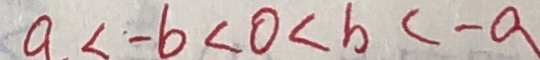
a < - b < 0 < b < - a